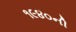
૧૯૪૦ની